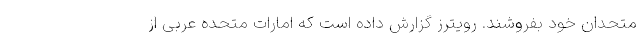
متحدان خود بفروشند. رویترز گزارش داده است که امارات متحده عربی از